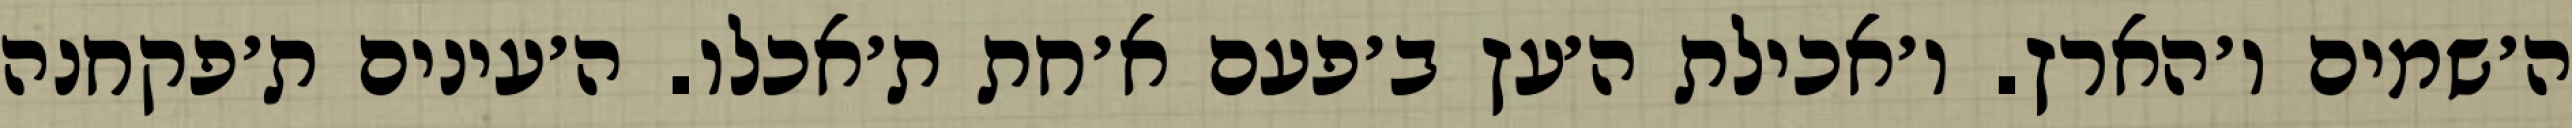
ה׳שמים ו׳הארץ. ו׳אכילת ה׳עץ ב׳פעם א׳חת ת׳אכלו. ה׳עינים ת׳פקחנה